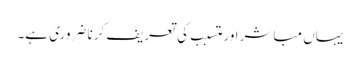
یہاں مباشر اور متسبب کی تعریف کرنا ضروری ہے۔